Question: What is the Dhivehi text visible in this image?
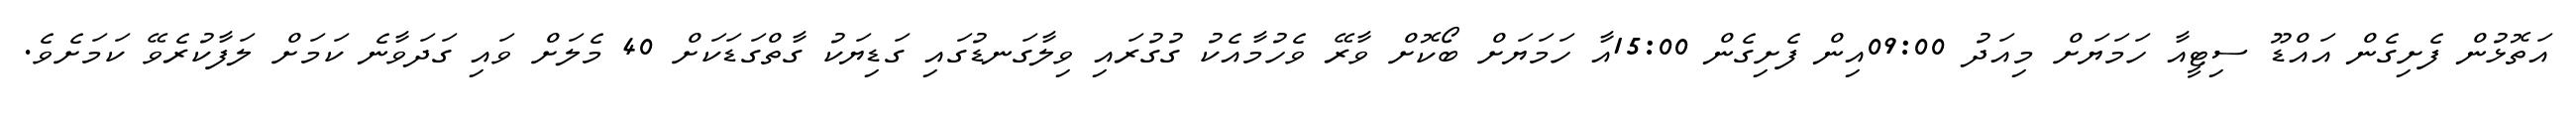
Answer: އަތޮޅުން ފެށިގެން އައްޑޫ ސިޓީއާ ހަމަޔަށް މިއަދު 09:00އިން ފެށިގެން 15:00އާ ހަމަޔަށް ބޯކޮށް ވާރޭ ވެހުމާއެކު ގުގުރައި ވިލާގަނޑުގައި ގަޑިޔަކު ގާތްގަޑަކަށް 40 މެލަށް ވައި ގަދަވާނެ ކަމަށް ލަފާކުރެވޭ ކަމަށެވެ.